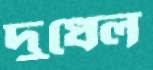
দুধেল